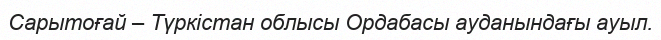
Сарытоғай – Түркістан облысы Ордабасы ауданындағы ауыл.